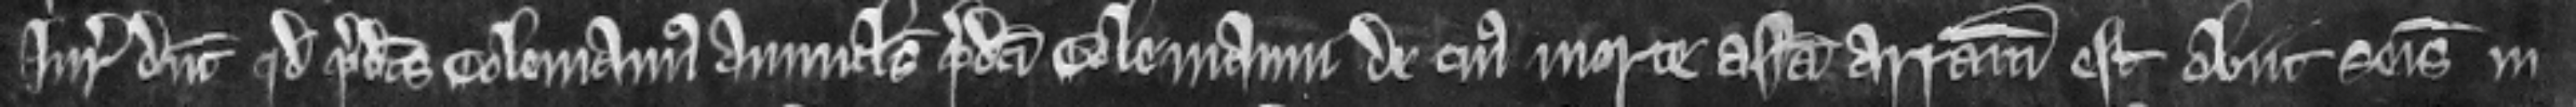
Juratores dicunt quod predictus Colemannus avunculus predicti Colemanni de cujus morte assisa arramiata est obiit seisitus in